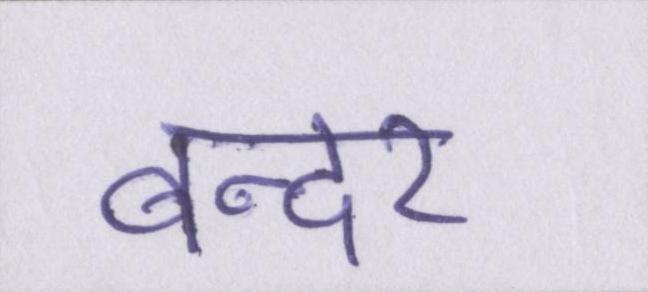
बन्दर